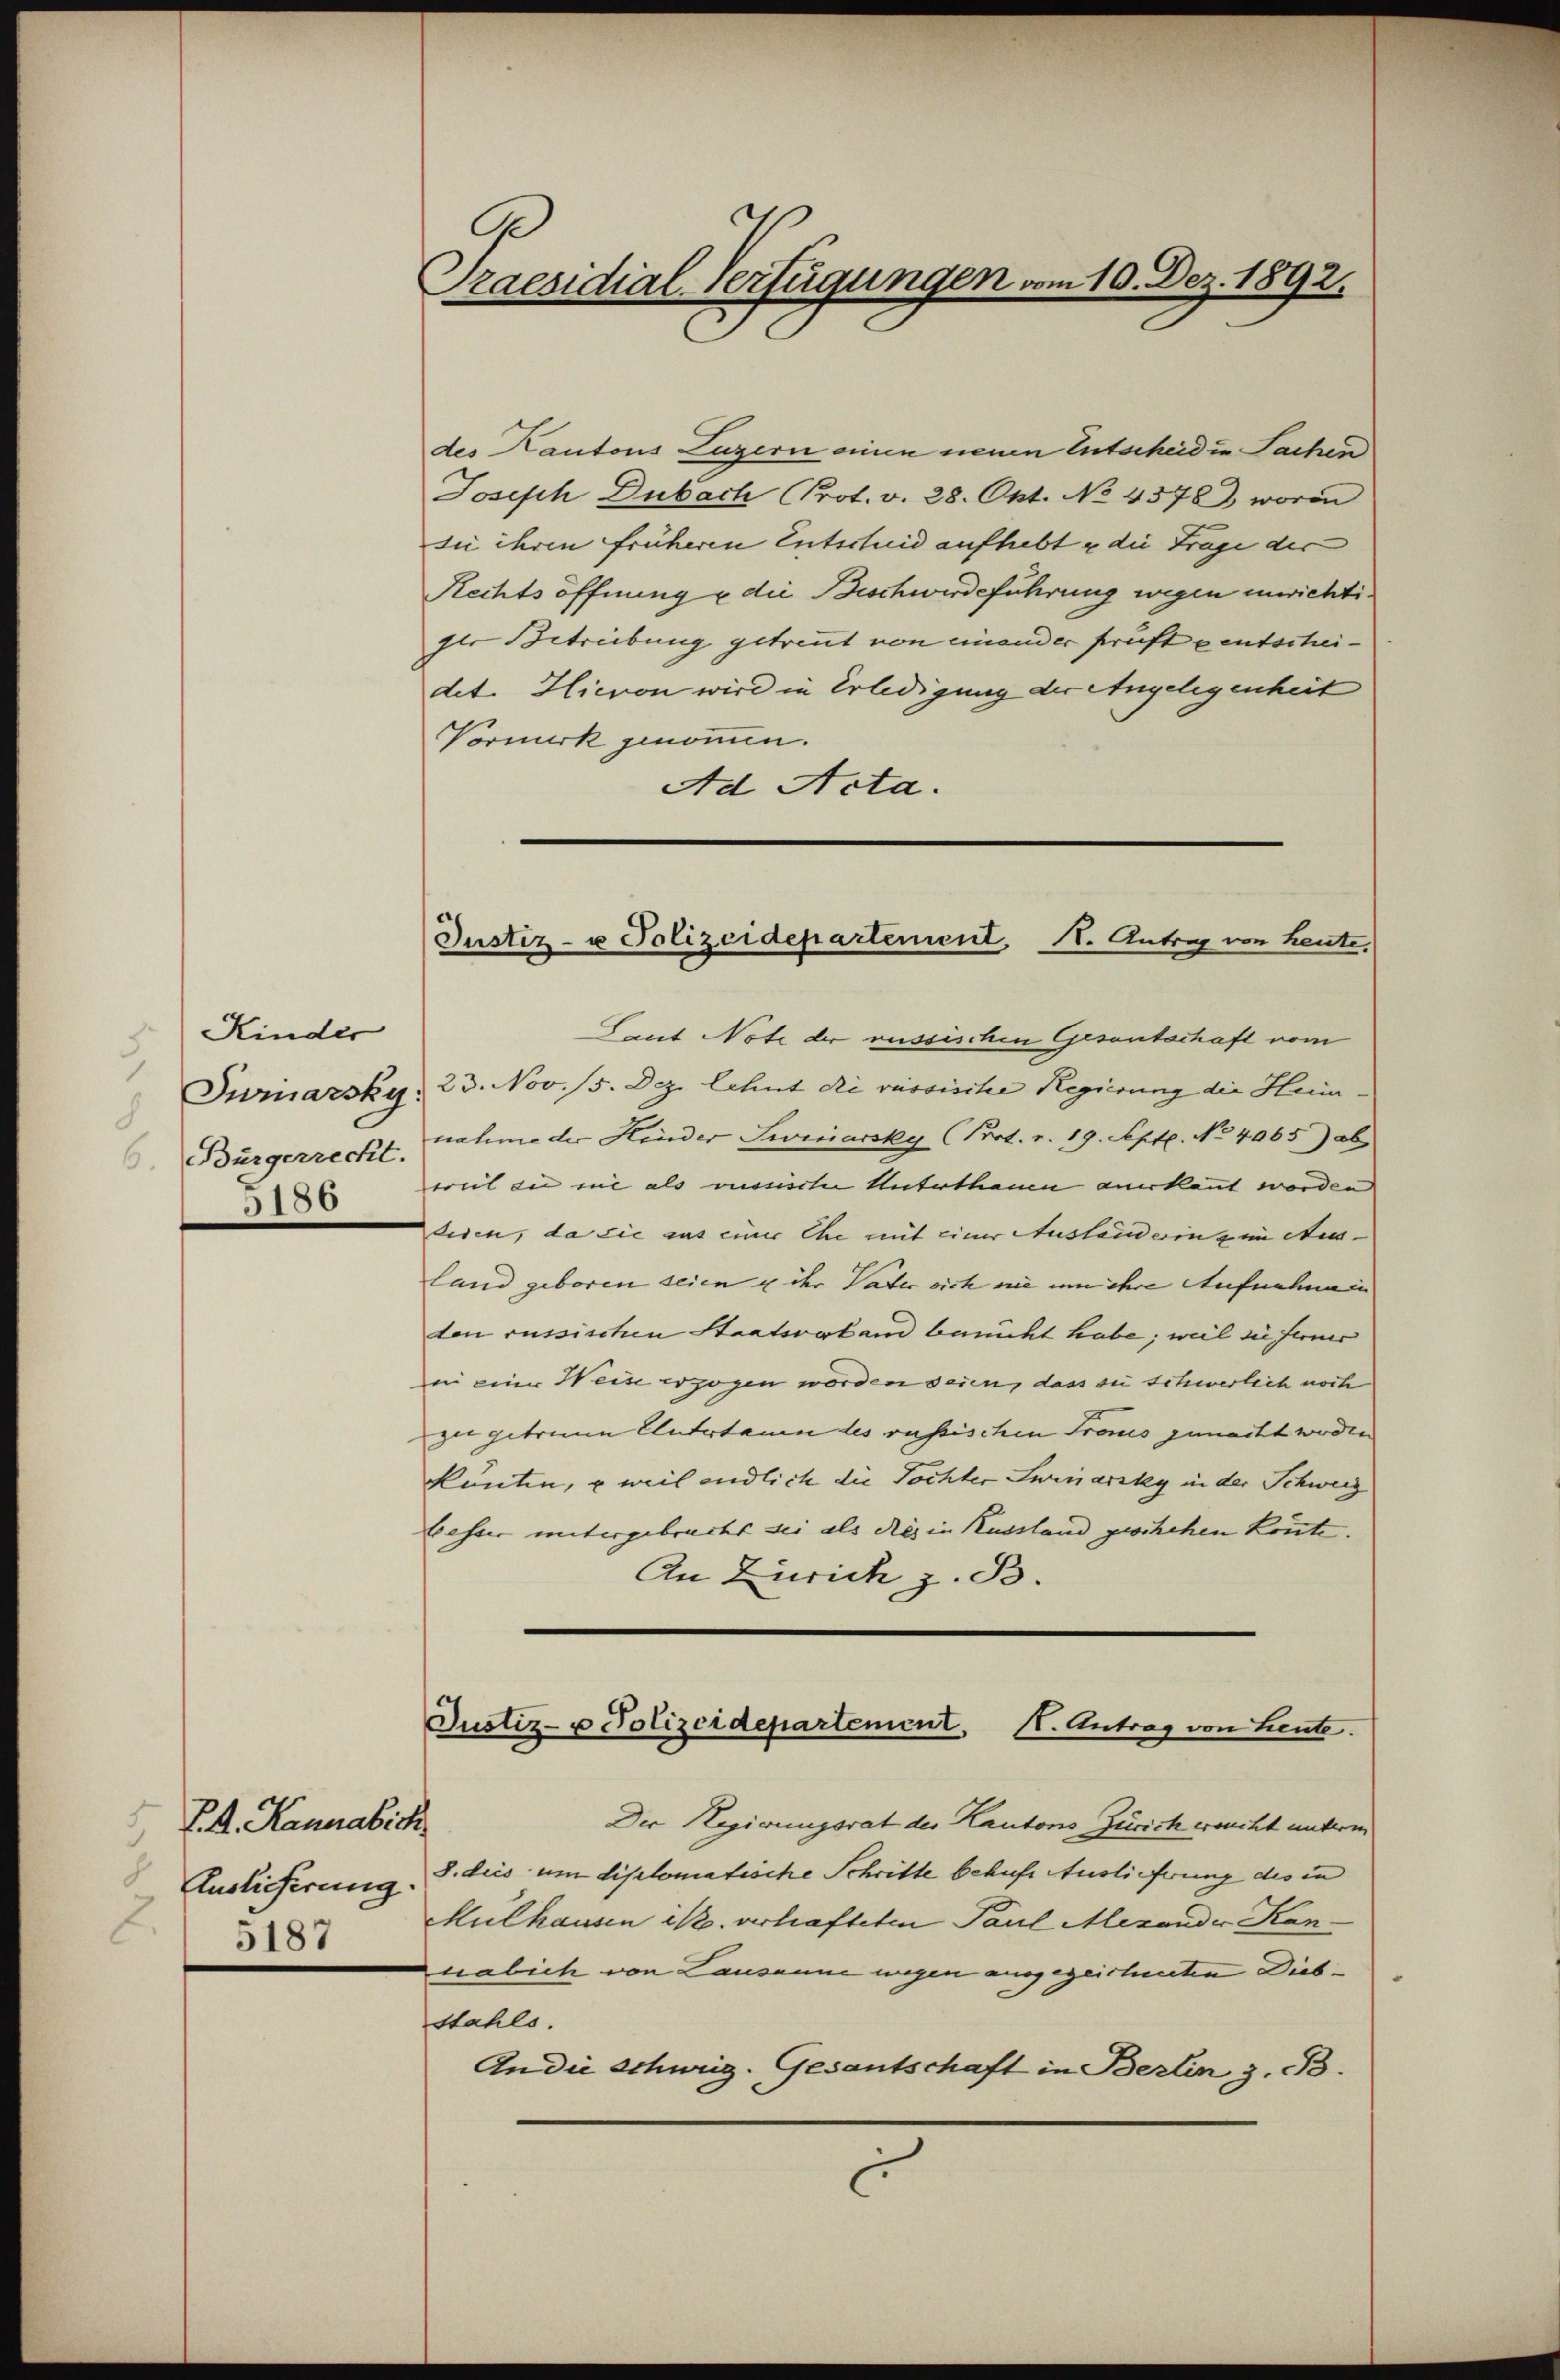
Kinder
5
. Bürgerrecht.
180

Ed. Kannabich
Auslieferung.
5187

Praesidial-Verfügungen vom 10. Dez. 1892.

des Kantons Luzern einen neuen Entscheiden Sachen
Joseph Dubach Prot. v. 28. Okt. No. 4578, worinn
die ihren früheren Entscheid aufhebt u die Frage der
Rechts öffnung u die Beschwerdeführung wegen unrichtiglo Betreibung getreut von einander prüft pentscheidet. Hievon wird in Erledigung der Angelegenheit
Vormerk genommen.
Ad Acta.

Justiz- u Polizeidepartement. 11. Antrag von heute.

Lant Note der russischen Gesantschaft vom
Swinarsky, 23. Nov. 15. Dez. lehnt die russische Regierung die Heim.
nahme der Hinder Swinarsky (Prot. v. 19. Sept. No 4065) ob
weil die nie als russischer Unterthauen anerkannt worden
tiden, da sie aus einer Ehe mit einer Ausländeringen Aus-
land geboren seien u ihr Vater sich nie um ihre Aufnahme in
ten russischen Staatsverland bemüht habe; weil sie ferner
in einer Weise erzogen worden seien, dass sie schwerlich noch
zu getreue Untertauen des russischen Traus gemacht worden
könten, – weil endlich die Töchter Swinarsky in der Schweiz
besser untergebracht sei als dies in Russland geschehen könnte.
An Zürich z. B.
Justiz- u Polizeidepartement. 1. Antrag von Leute.
Der Regierungsrat des Kantons Zürich eracht unterm
8. dies um diplomatische Schritte behufs Auslieferung des in
Mülhausen ist. verhafteten Paul Merander Kannabich von Lausanne wegen ausgezeichneten Dieb¬
Stahls.
An die Schurig. Gesantschaft in Berlin z. B.
C